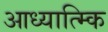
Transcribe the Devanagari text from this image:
आध्यात्म्कि